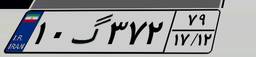
۱۰گ۳۷۲۷۹